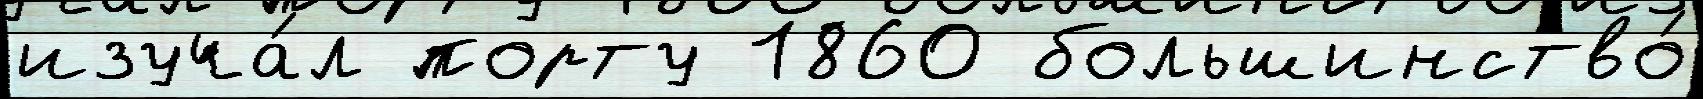
изуча́л порту 1860 большинство́